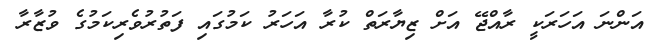
އަންނަ އަހަރަކީ ރާއްޖޭ އަށް ޒިޔާރަތް ކުރާ އަހަރު ކަމުގައި ފަތުރުވެރިކަމުގެ ވުޒާރާ